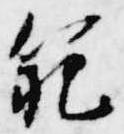
範